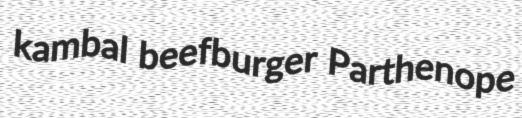
kambal beefburger Parthenope